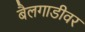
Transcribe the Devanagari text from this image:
बैलगाडीवर